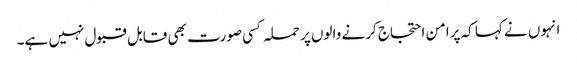
انہوں نے کہا کہ پرامن احتجاج کرنے والوں پر حملہ کسی صورت بھی قابل قبول نہیں ہے۔